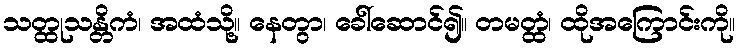
သတ္ထုသန္တိကံ၊ အထံသို့။ နေတွာ၊ ခေါ်ဆောင်၍။ တမတ္ထံ၊ ထိုအကြောင်းကို။